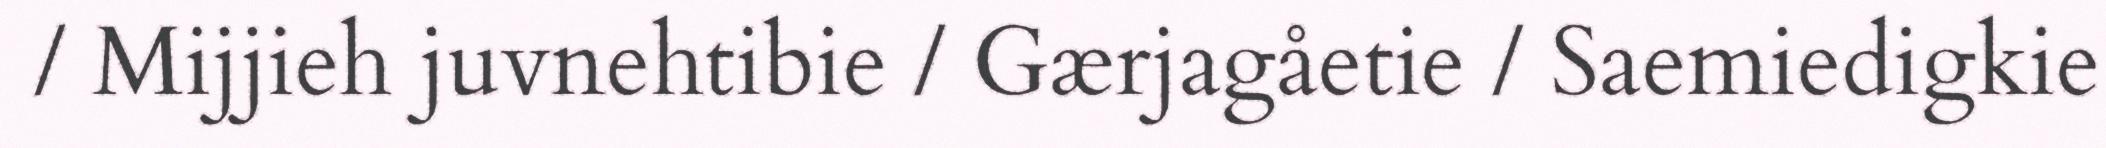
/ Mijjieh juvnehtibie / Gærjagåetie / Saemiedigkie